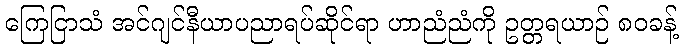
ကြေငြာသံ အင်ဂျင်နီယာပညာရပ်ဆိုင်ရာ ဟာညံညံကို ဥတ္တရယာဉ် ၈၀ခန့်